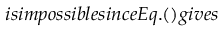
i s i m p o s s i b l e s i n c e E q . ( ) g i v e s